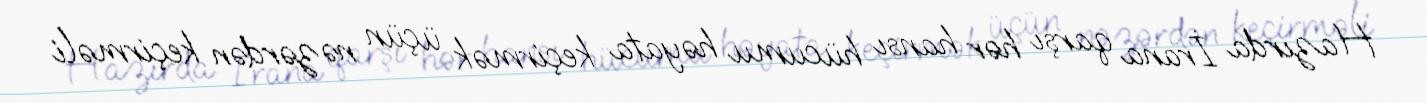
Hazırda İrana qarşı hər hansı hücumu həyata keçirmək üçün nəzərdən keçirməli